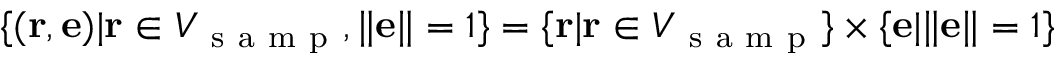
\{ ( \mathbf { r } , \mathbf { e } ) | \mathbf { r } \in V _ { \mathrm { ~ s ~ a ~ m ~ p ~ } } , \| \mathbf { e } \| = 1 \} = \{ \mathbf { r } | \mathbf { r } \in V _ { \mathrm { ~ s ~ a ~ m ~ p ~ } } \} \times \{ \mathbf { e } | \| \mathbf { e } \| = 1 \}